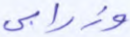
وزرابي